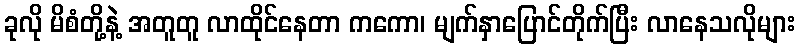
ခုလို မိစံတို့နဲ့ အတူတူ လာထိုင်နေတာ ကကော၊ မျက်နှာပြောင်တိုက်ပြီး လာနေသလိုများ